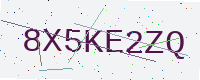
Text: 8X5KE2ZQ